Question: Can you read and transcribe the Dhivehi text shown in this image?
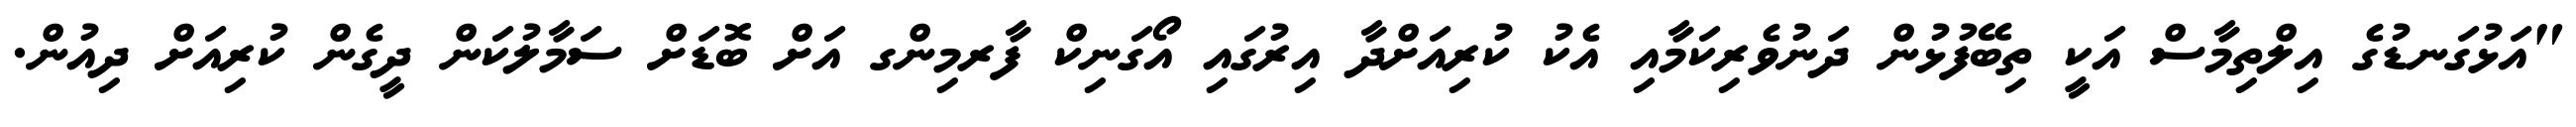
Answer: "އަޅުގަނޑުގެ އިލްތިމާސް އަކީ ތިބޭފުޅުން ދަނުވެރިކަމާއި އެކު ކުރިއަށްދާ އިރުގައި އޯގަނިކް ފާރމިންގ އަށް ބޮޑަށް ސަމާލުކަން ދީގެން ކުރިއަށް ދިއުން.